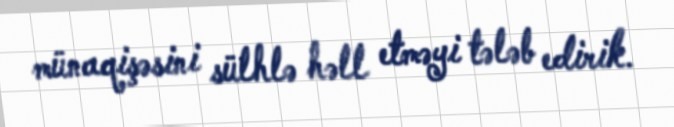
münaqişəsini sülhlə həll etməyi tələb edirik.